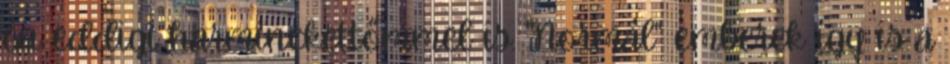
én eddigi harminckettőmmel is. "Normál" emberek így is a